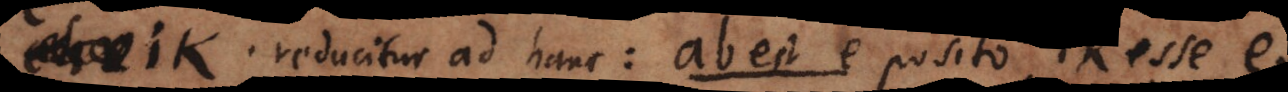
ik reducitur ad hanc: ab est e posito ik esse e.